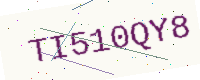
Text: TI510QY8